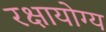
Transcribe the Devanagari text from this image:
रक्षायोग्य